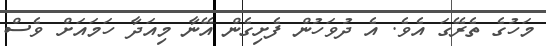
މަހުގެ ތެރޭގަ އެވެ. އެ ދުވަހުން ފެށިގެން އޭނާ މިއަދާ ހަމައަށް ވެސް